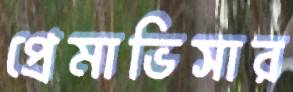
প্রেমাভিসার